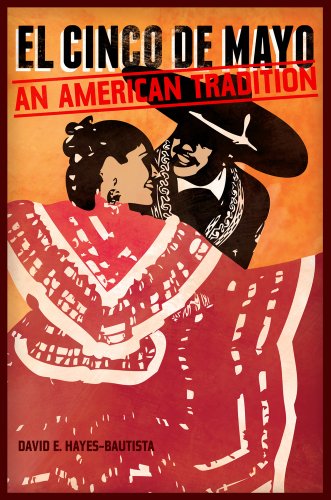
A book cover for El Cinco de Mayo: An American Tradition; David E Hayes-Bautista; Politics & Social Sciences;